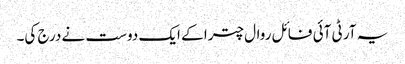
یہ آر ٹی آئی فائل روال چترا کے ایک دوست نے درج کی۔